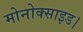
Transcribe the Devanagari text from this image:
मोनोक्साइड।